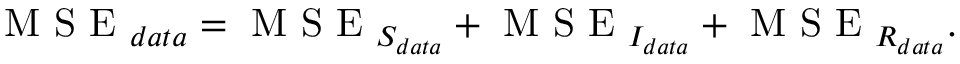
\mathrm { ~ M ~ S ~ E ~ } _ { d a t a } = \mathrm { ~ M ~ S ~ E ~ } _ { S _ { d a t a } } + \mathrm { ~ M ~ S ~ E ~ } _ { I _ { d a t a } } + \mathrm { ~ M ~ S ~ E ~ } _ { R _ { d a t a } } .